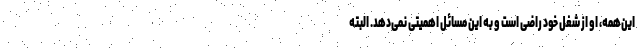
این‌همه، او از شغل خود راضی است و به این مسائل اهمیتی نمی‌دهد. البته